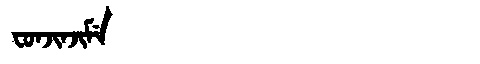
Manchu: ᠸᠣᠨᠵᡳᠨᠵᡳᠮᡝ
Romanization: FONJINJIME